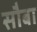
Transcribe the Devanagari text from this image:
सौबा